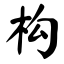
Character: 构